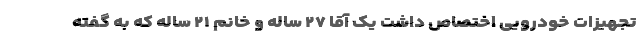
تجهیزات خودرویی اختصاص داشت یک آقا ۲۷ ساله و خانم ۲۱ ساله که به گفته